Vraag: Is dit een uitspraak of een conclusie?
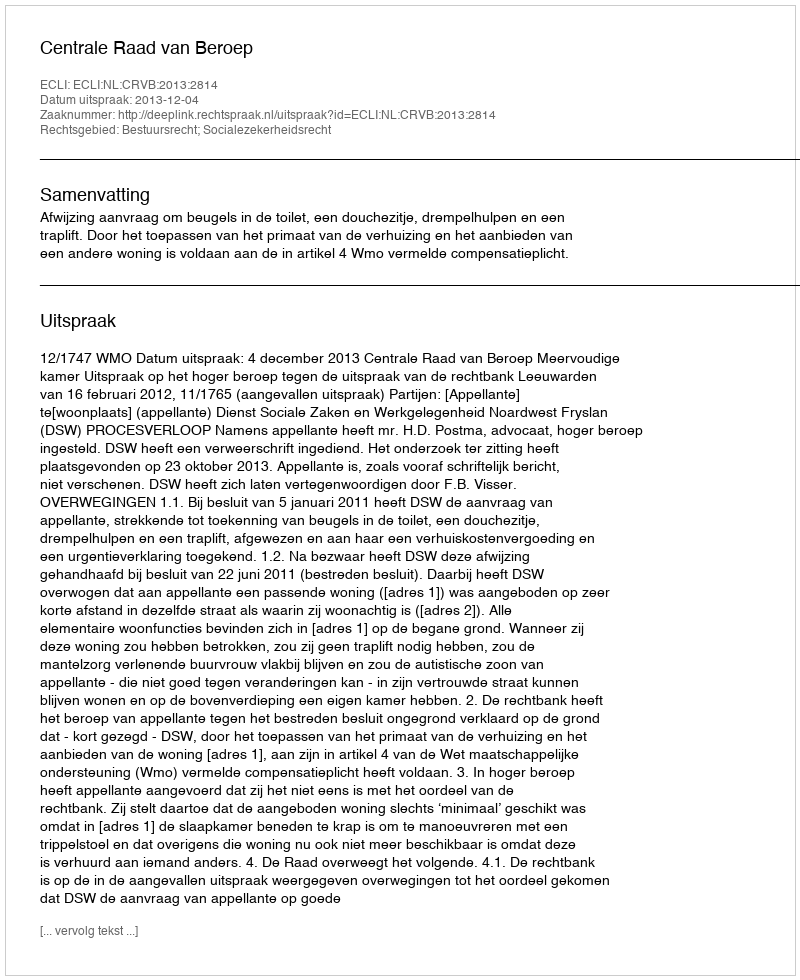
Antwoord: Uitspraak